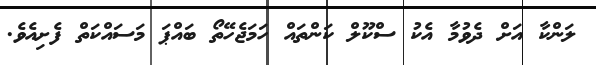
ލަންކާ އަށް ދެވުމާ އެކު ސްކޫލް ކަންތައް ހަމަޖެހޭތޯ ބައްޕަ މަސައްކަތް ފެށިއެވެ.